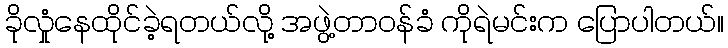
ခိုလှုံနေထိုင်ခဲ့ရတယ်လို့ အဖွဲ့တာဝန်ခံ ကိုရဲမင်းက ပြောပါတယ်။